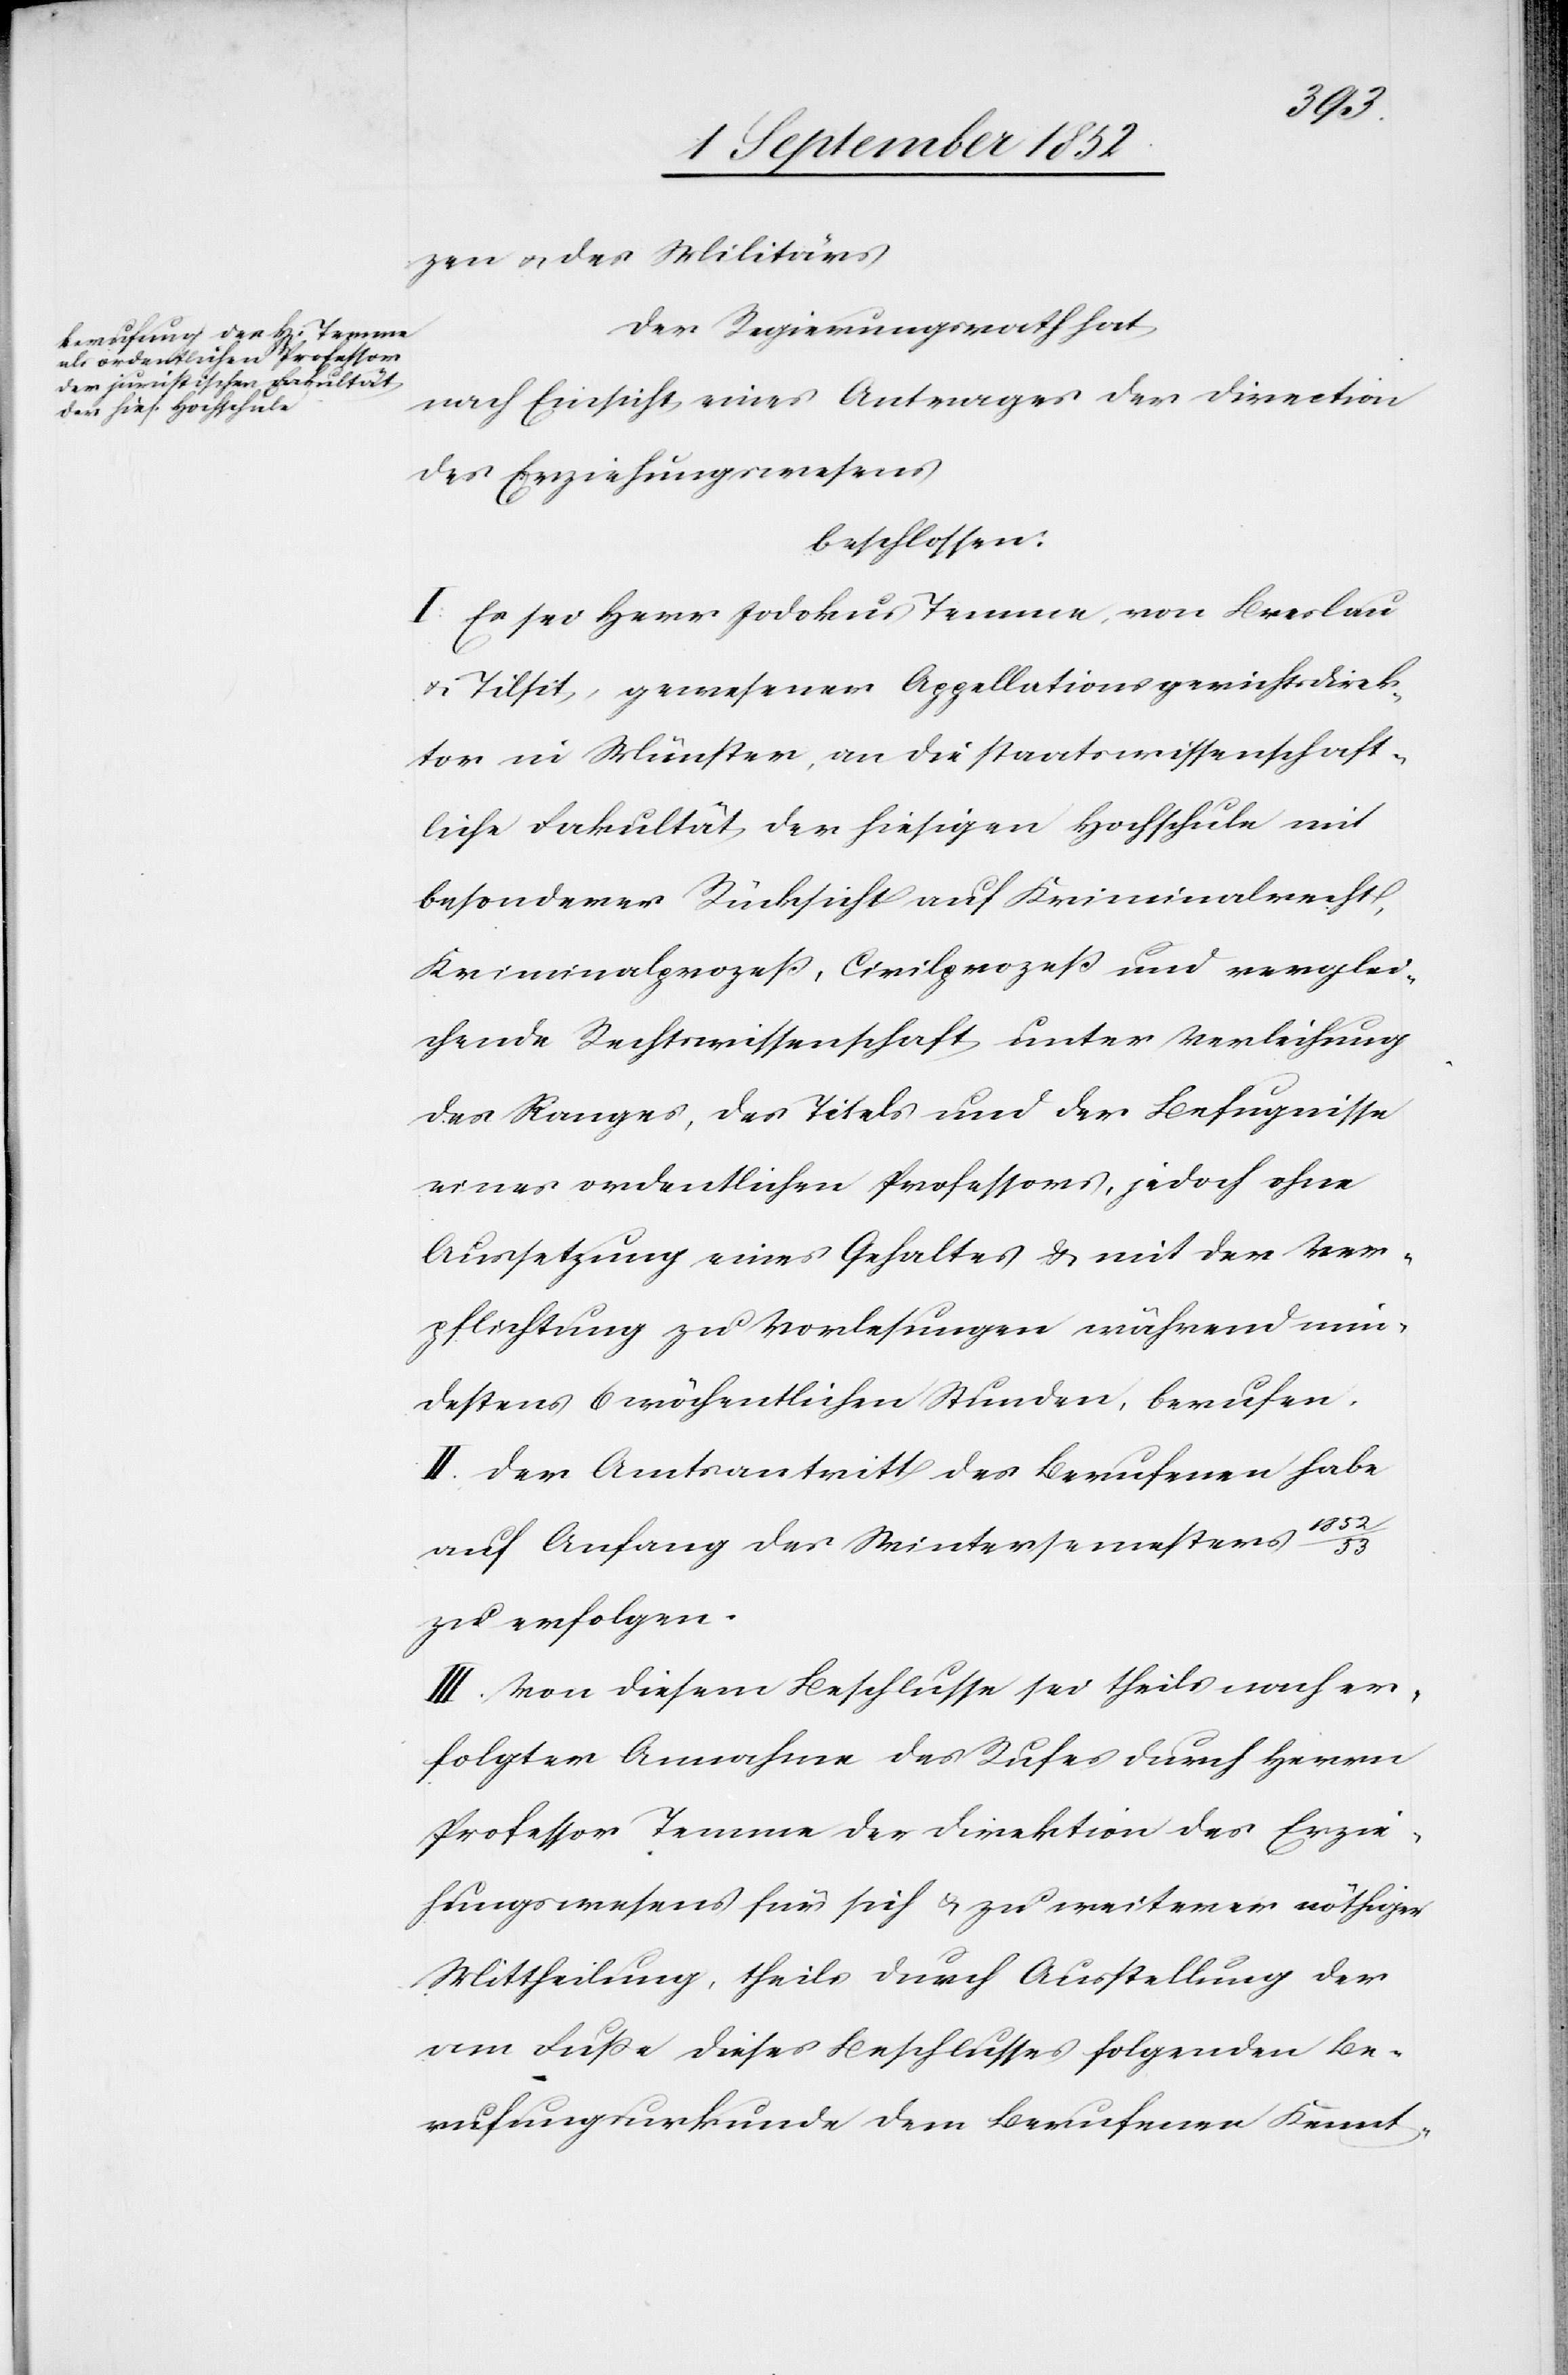
53
zen & des Militärs[.]
Der Regierungsrath hat
nach Einsicht eines Antrages der Direction
des Erziehungswesens
beschlossen:
I: Es sei Herr Jodokus Temme, von Breslau
& Tilsit, gewesener Appellationsgerichtsdirek¬
tor in Münster, an die staatswissenschaft¬
liche Fakultät der hiesigen Hochschule mit
besonderer Rücksicht auf Kriminalrecht,
Kriminalprozeß, Civilprozeß und verglei¬
chende Rechtswissenschaft unter Verleihung
des Ranges, des Titels und der Befugnisse
eines ordentlichen Professors, jedoch ohne
Aussetzung eines Gehaltes & mit der Ver¬
pflichtung zu Vorlesungen während min¬
destens 6 wöchentlichen Stunden, berufen.
II. Der Amtsantritt des Berufenen habe
1852
auf Anfang des Wintersemesters
zu erfolgen.
III. Von diesem Beschlusse sei theils nach er¬
folgter Annahme des Rufes durch Herrn
Professor Temme der Direktion des Erzie¬
hungswesens für sich & zu weiterer nöthiger
Mittheilung, theils durch Ausstellung der
am Fuße dieses Beschlusses folgenden Be¬
rufungsurkunde dem Berufenen Kennt-